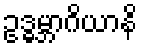
ဥဒ္ဓမ္ဘာဂိယာနိ